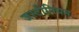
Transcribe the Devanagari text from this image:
जस्टीनियम